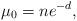
LaTeX: \begin{align*} \mu_0 = n e^{-d},\end{align*}